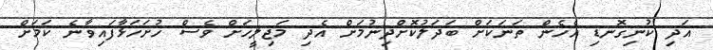
އަދި ކުނިގޮނޑި އެހެން ތަނަކަށް ބަދަލުކޮށްދިނުމަށް އެދި މަޖިލީހަށް ވެސް ހުށަހަޅާފައިވާނެ ކަމަށް